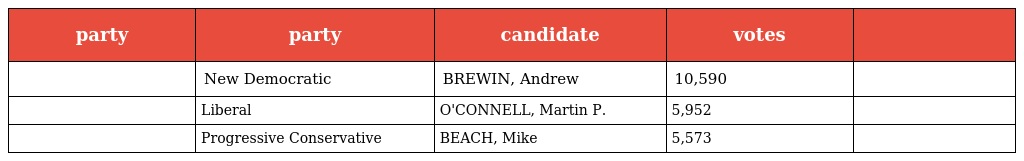
| party | party | candidate | votes |  |
 | --- | --- | --- | --- | --- |
 |  | New Democratic | BREWIN, Andrew | 10,590 |  |
 |  | Liberal | O'CONNELL, Martin P. | 5,952 |  |
 |  | Progressive Conservative | BEACH, Mike | 5,573 |  |